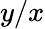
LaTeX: y/x